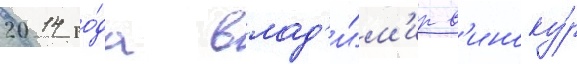
2014 го́да влад'и́м'ир в'иноку́р